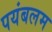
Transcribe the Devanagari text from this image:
पयंबलम